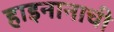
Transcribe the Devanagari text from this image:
हाइनानाची